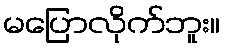
မပြောလိုက်ဘူး။